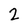
Character: 2